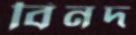
বিনদ